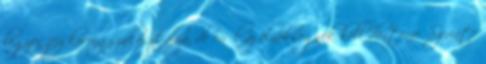
legyen jégkorongszakosztálya, de erről az elnökségnek kell döntenie. Szerinte